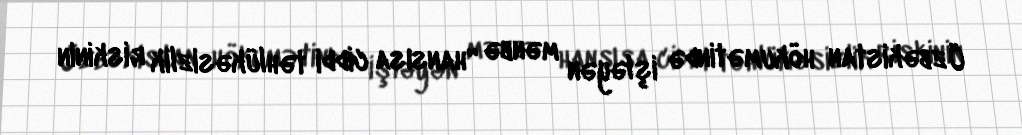
Özbəkistan hökumətində işləyən mənbə “hansısa ciddi təhlükəsizlik riskinin